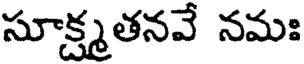
సూక్ష్మతనవే నమః